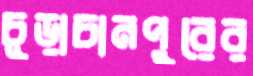
চূড়াচানপুরের